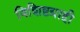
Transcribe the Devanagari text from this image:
विशिष्टग्राही